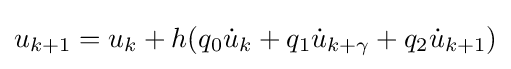
u_{k+1}=u_{k}+h(q_{0}{\dot {u}}_{k}+q_{1}{\dot {u}}_{k+\gamma }+q_{2}{\dot {u}}_{k+1})